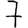
Digit: 7